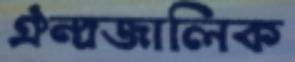
ঐন্দ্রজালিক